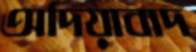
অদিয়াবাদ